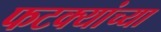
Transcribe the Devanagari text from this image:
फटक्यांच्या